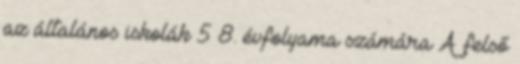
az általános iskolák 5 8. évfolyama számára A felső